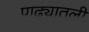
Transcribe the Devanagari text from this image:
पाढ्यातली